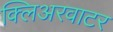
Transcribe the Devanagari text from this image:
क्लिअरवाटर